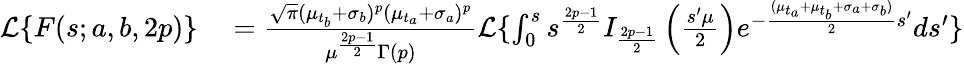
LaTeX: \begin{array}{rl}{\mathcal{L}\{ F(s;a,b,2p)\} }&{{}=\frac{\sqrt{\pi}(\mu_{t_{b}}+\sigma_{b})^{p}(\mu_{t_{a}}+\sigma_{a})^{p}}{\mu^{\frac{2p-1}{2}}\Gamma\left(p\right)}\mathcal{L}\{ \int_{0}^{s}s^{\frac{2p-1}{2}}I_{\frac{2p-1}{2}}\left(\frac{s^{\prime}\mu}{2}\right)e^{-\frac{(\mu_{t_{a}}+\mu_{t_{b}}+\sigma_{a}+\sigma_{b})}{2}s^{\prime}}ds^{\prime}\} }\end{array}